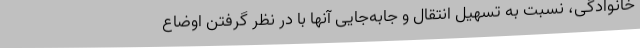
خانوادگی، نسبت به تسهیل انتقال و جابه‌جایی آنها با در نظر گرفتن اوضاع